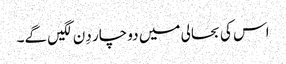
اس کی بحالی میں دو چار دِن لگیں گے۔